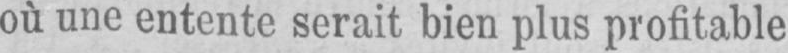
où une entente serait bien plus profitable